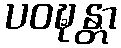
ပဝဍ္ဎန္တာ